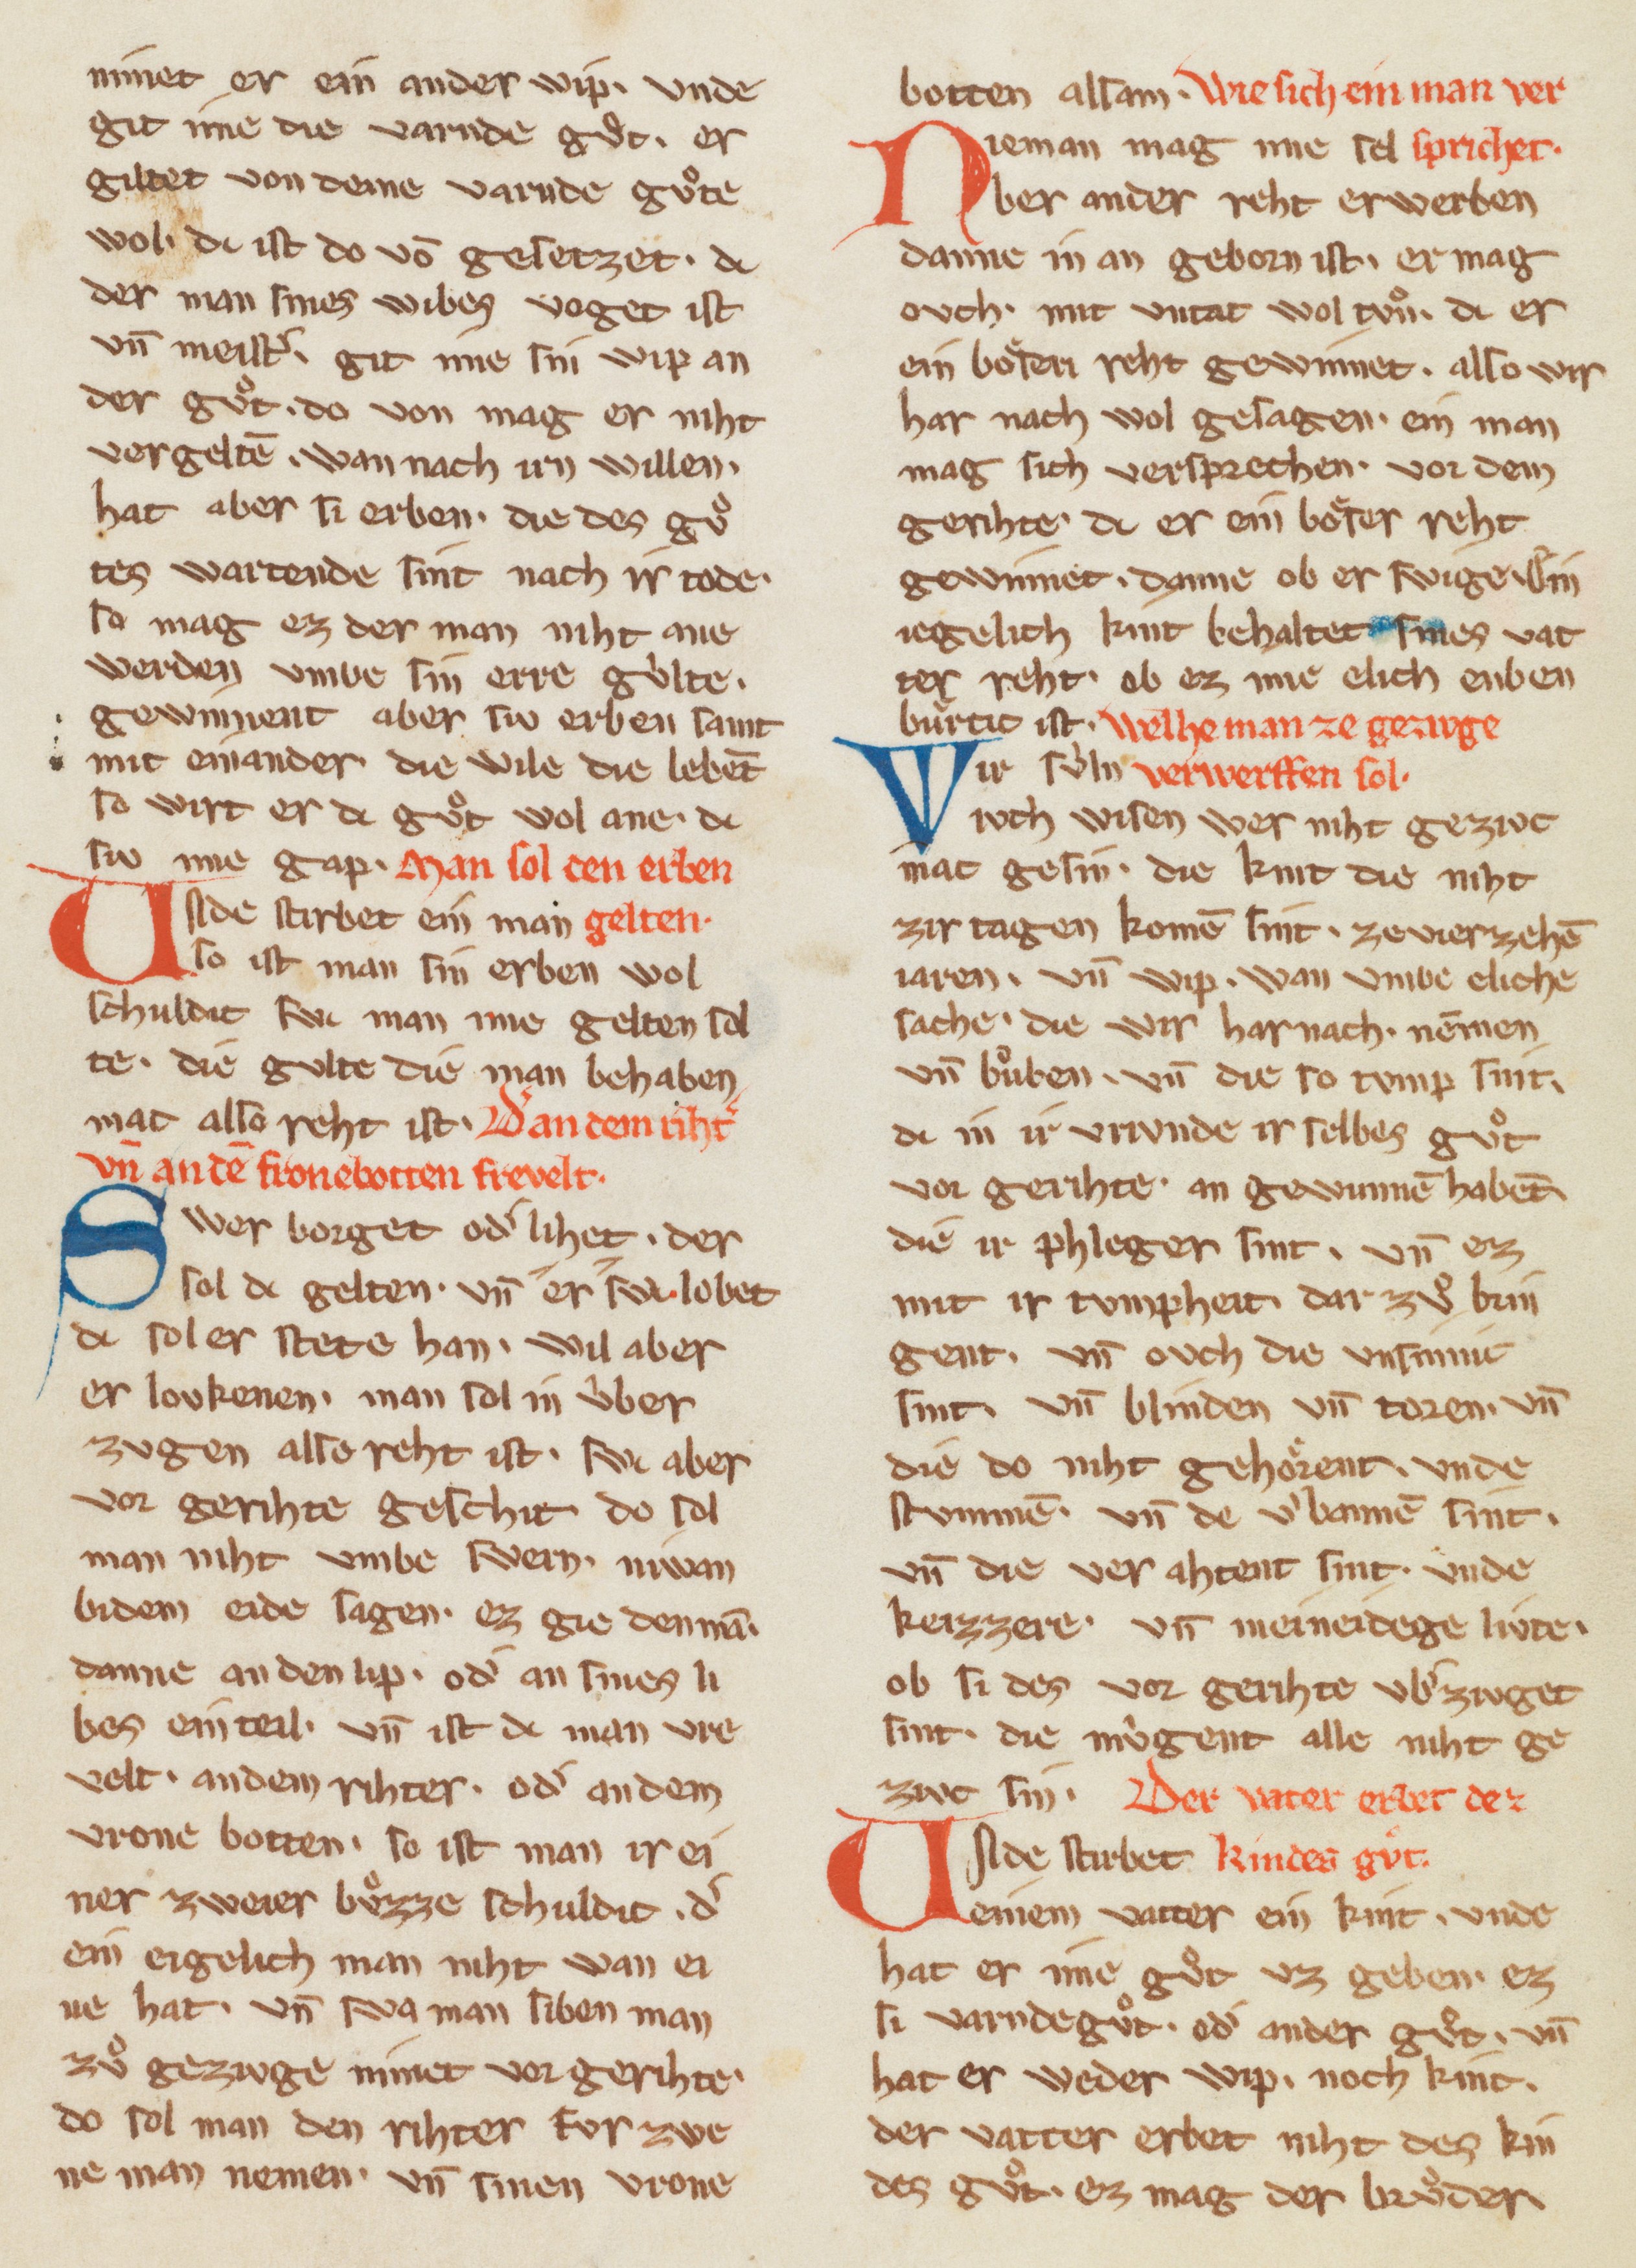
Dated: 1270–1330